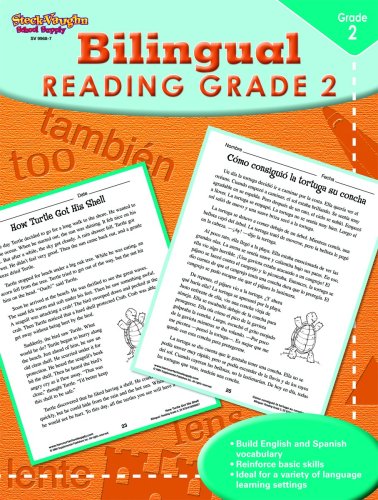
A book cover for Steck-Vaughn Bilingual: Reproducible Reading Second Grade; STECK-VAUGHN; Children's Books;